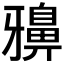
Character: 𪖕